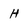
Character: h